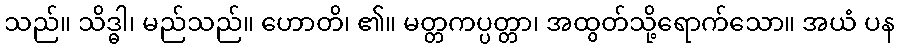
သည်။ သိဒ္ဓါ၊ မည်သည်။ ဟောတိ၊ ၏။ မတ္တကပ္ပတ္တာ၊ အထွတ်သို့ရောက်သော။ အယံ ပန